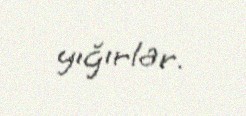
yığırlar.